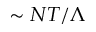
\sim N T / \Lambda